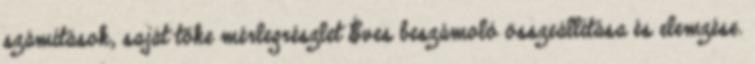
számítások, saját tőke mérlegrészlet Éves beszámoló összeállítása és elemzése.